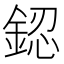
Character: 𨧟